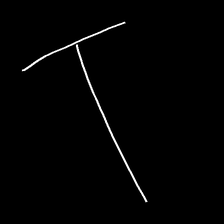
Glyph: column